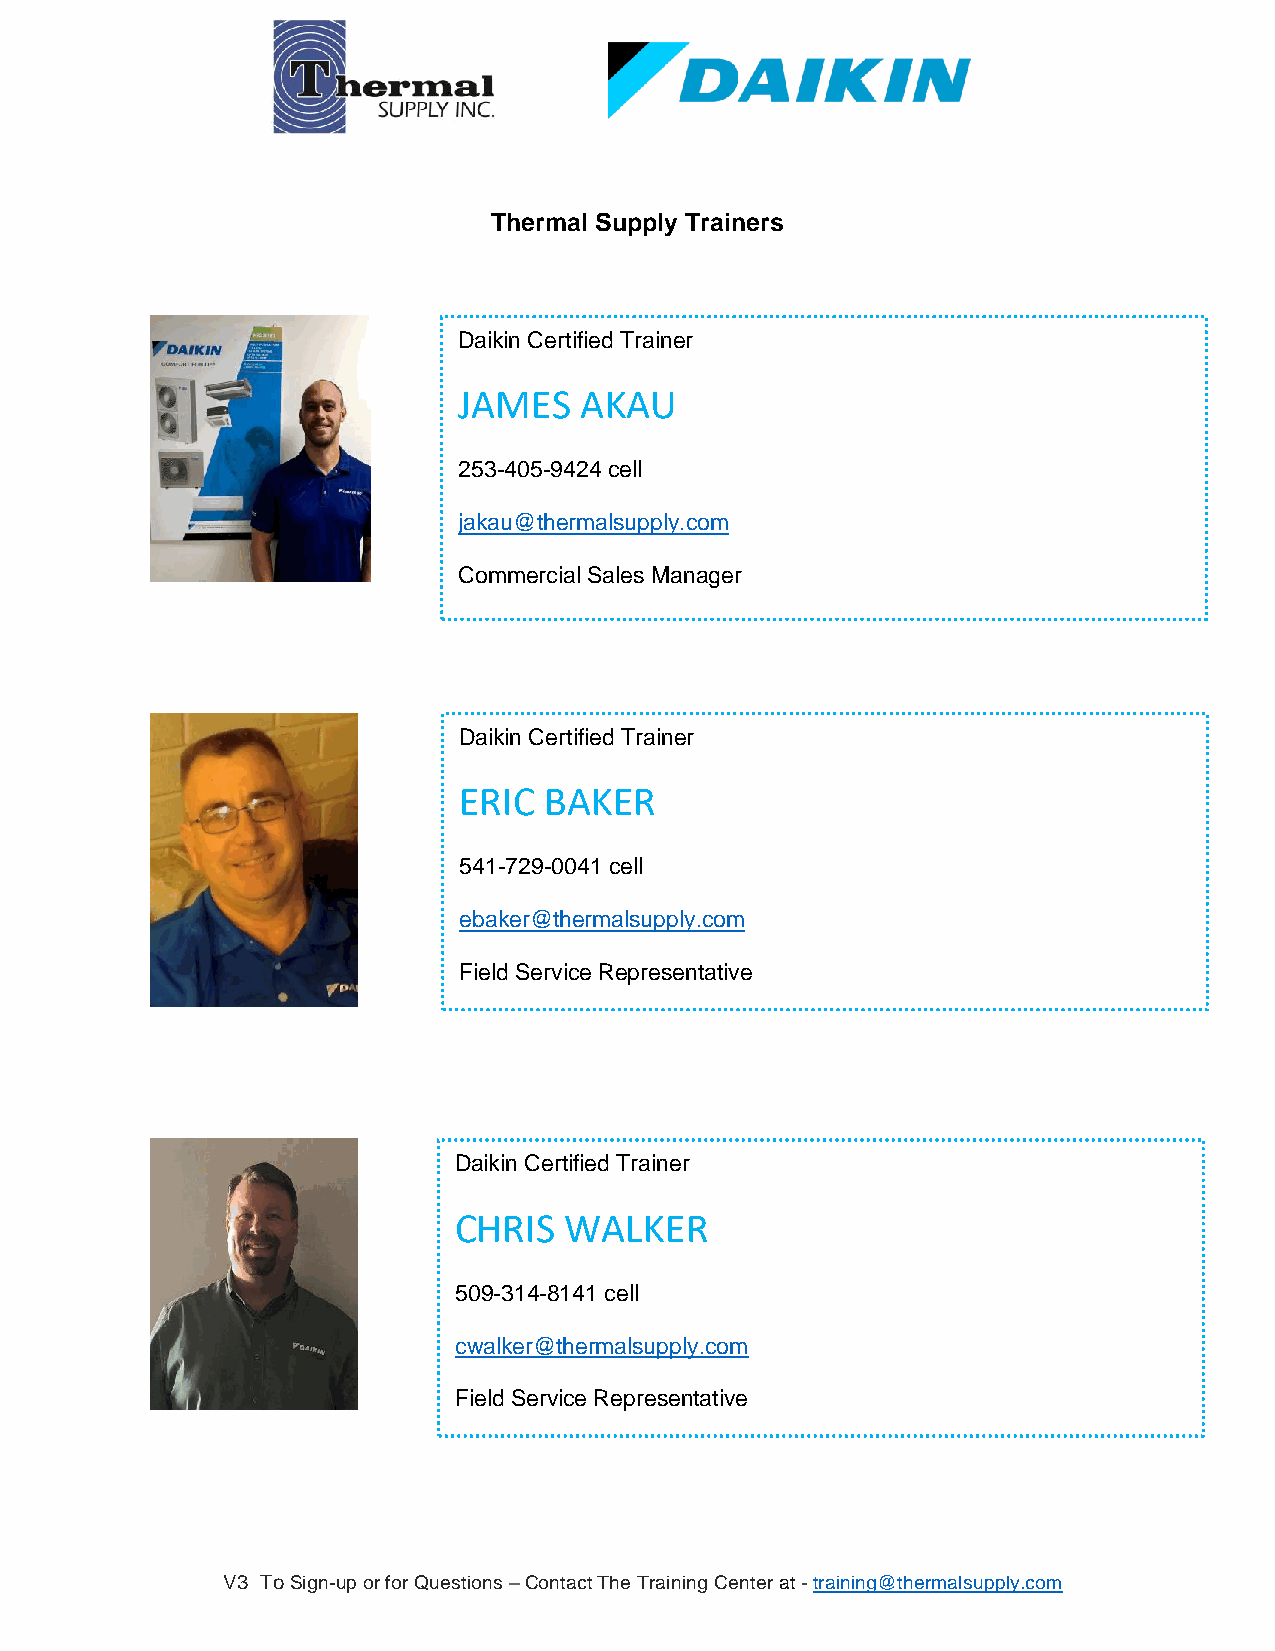
Thermal Supply Trainers
 Daikin Certified Trainer
 JAMES   AKAU
 253-405-9424 cell
 jakau@thermalsupply.com
 Commercial Sales Manager
 Daikin Certified Trainer
 ERIC  BAKER
 541-729-0041 cell
 ebaker@thermalsupply.com
 Field Service Representative
 Daikin Certified Trainer
 CHRIS  WALKER
 509-314-8141 cell
 cwalker@thermalsupply.com
 Field Service Representative
 V3 To Sign-up or for Questions – Contact The Training Center at - training@thermalsupply.com